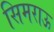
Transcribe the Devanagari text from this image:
सिमराऊ